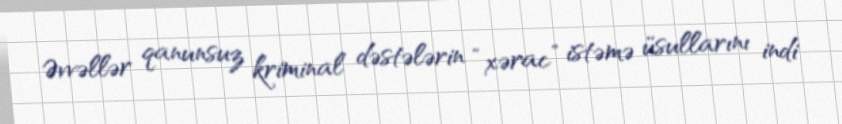
Əvvəllər qanunsuz kriminal dəstələrin “xərac” istəmə üsullarını indi